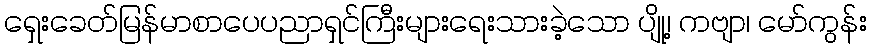
ရှေးခေတ်မြန်မာစာပေပညာရှင်ကြီးများရေးသားခဲ့သော ပျို့၊ ကဗျာ၊ မော်ကွန်း